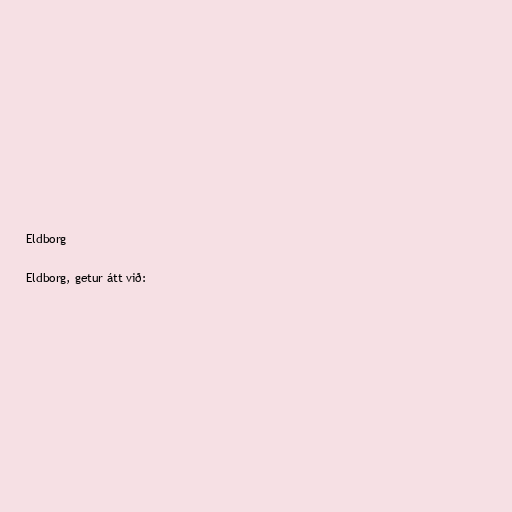
Eldborg

Eldborg, getur átt við: